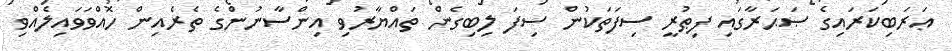
ޢަރަބިކަރައިގެ ޞަޙަރާގައި ފިޠުރީ ސިފަތަކުން ސިފަ ލިބިގެން ތައްޔާރުވި އިންސާނުންގެ ތެރެއިން ހޮއްވަވައިލެއްވި